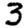
Digit: 3